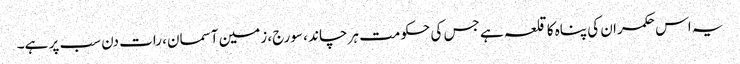
یہ اس حکمران کی پناہ کا قلعہ ہے جس کی حکومت ہر چاند ، سورج، زمین آسمان، رات دن سب پر ہے۔